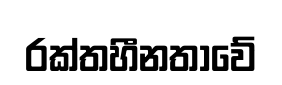
රක්තහීනතාවේ